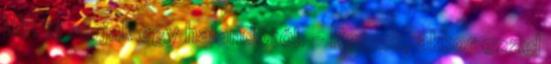
Mit is várjak egy halandótól. - Remek, akkor ezzel